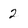
Character: 2